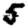
Digit: 5